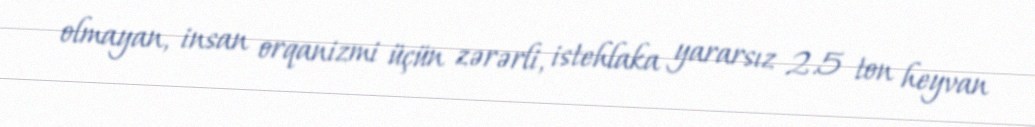
olmayan, insan orqanizmi üçün zərərli, istehlaka yararsız 2.5 ton heyvan